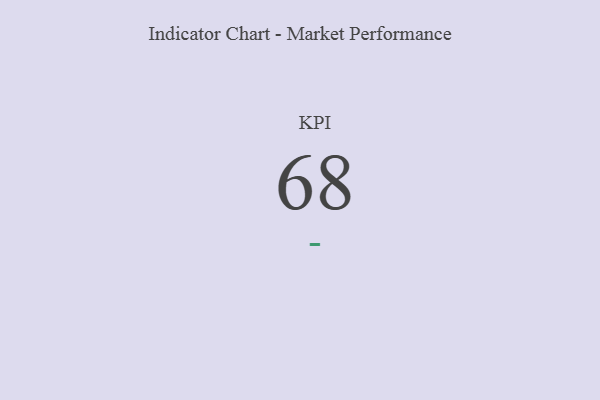
{"axis": {"x": "KPI", "y": "Value"}, "legend": [""], "data": [{"x": "KPI", "y": 68, "type": ""}]}